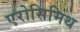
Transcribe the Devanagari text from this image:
एरोसिमिथ